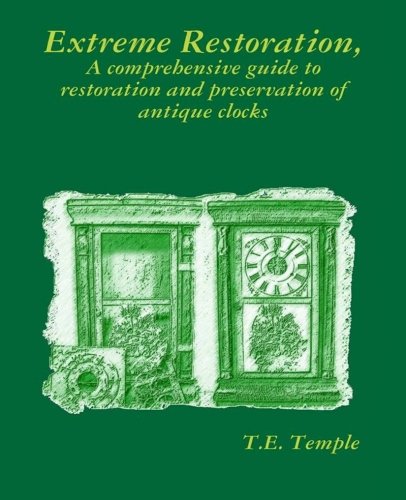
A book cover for Extreme Restoration: A comprehensive guide to the restoration and preservation of antique clocks; T. E. Temple; Crafts, Hobbies & Home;